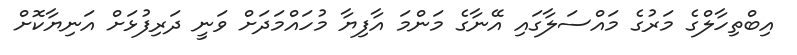
އިބްތިހާލްގެ މަރުގެ މައްސަލާގައި އޭނާގެ މަންމަ އާފިޔާ މުހައްމަދަށް ވަނީ ދަރިފުޅަށް އަނިޔާކޮށް